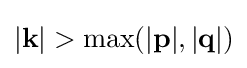
|\mathbf {k} |>\max(|\mathbf {p} |,|\mathbf {q} |)